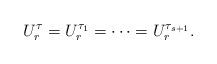
LaTeX: \begin{align*}U_{r}^{\tau}=U_{r}^{\tau_1}=\cdots=U_{r}^{\tau_{s+1}}.\end{align*}